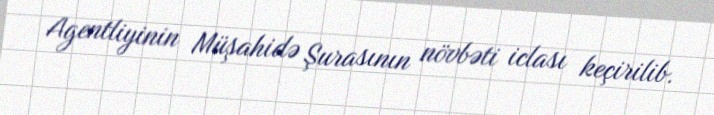
Agentliyinin Müşahidə Şurasının növbəti iclası keçirilib.